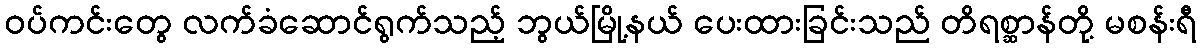
ဝပ်ကင်းတွေ လက်ခံဆောင်ရွက်သည့် ဘွယ်မြို့နယ် ပေးထားခြင်းသည် တိရစ္ဆာန်တို့ မစန်းရီ